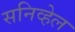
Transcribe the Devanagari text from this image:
सनिव्हेल